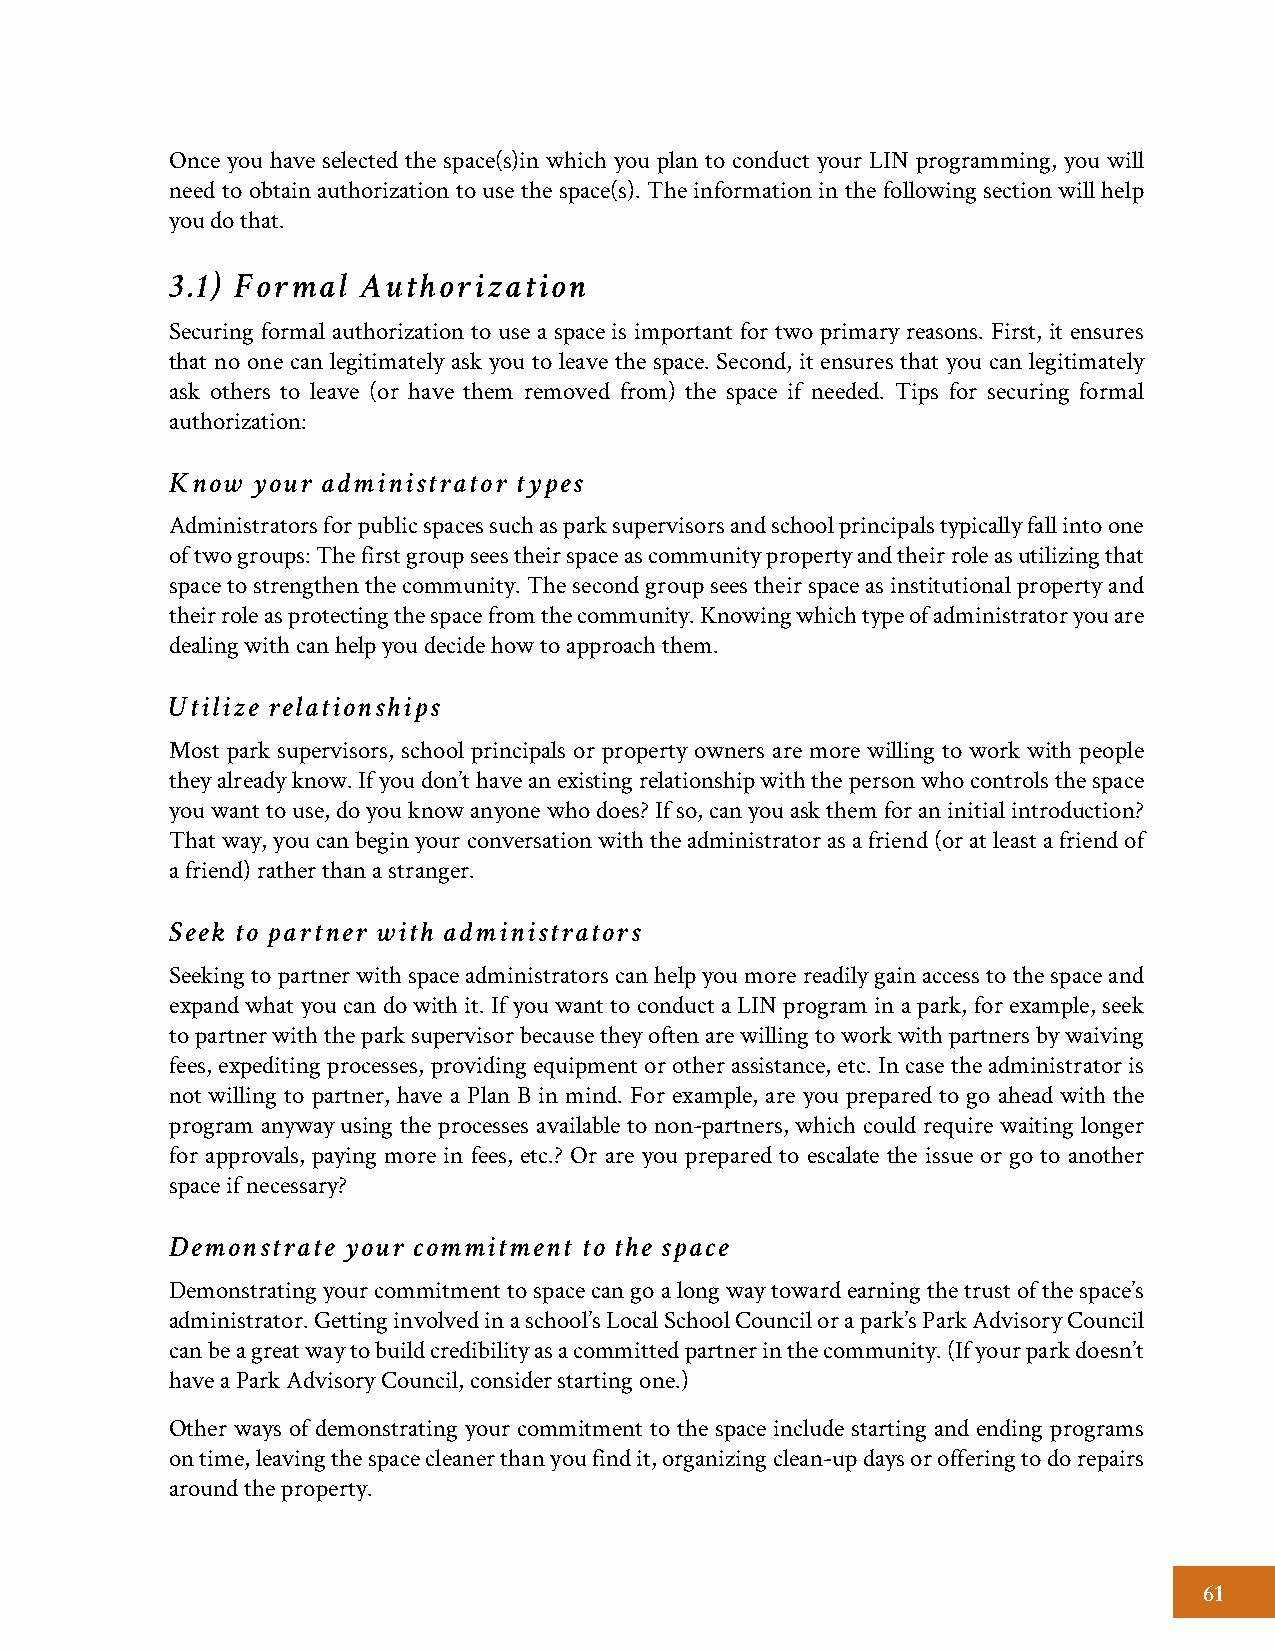
Once you have selected the space(s)in which you plan to conduct your LIN programming, you will
 need to obtain authorization to use the space(s). The information in the following section will help
 you do that.
 3.1) Formal  Authorization
 Securing formal authorization to use a space is important for two primary reasons. First, it ensures
 that no one can legitimately ask you to leave the space. Second, it ensures that you can legitimately
 ask others to leave (or have them removed from) the space if needed. Tips for securing formal
 authorization:
 Know  your administrator types
 Administrators for public spaces such as park supervisors and school principals typically fall into one
 of two groups: The first group sees their space as community property and their role as utilizing that
 space to strengthen the community. The second group sees their space as institutional property and
 their role as protecting the space from the community. Knowing which type of administrator you are
 dealing with can help you decide how to approach them.
 Utilize relationships
 Most park supervisors, school principals or property owners are more willing to work with people
 they already know. If you don’t have an existing relationship with the person who controls the space
 you want to use, do you know anyone who does? If so, can you ask them for an initial introduction?
 That way, you can begin your conversation with the administrator as a friend (or at least a friend of
 a friend) rather than a stranger.
 Seek to partner with administrators
 Seeking to partner with space administrators can help you more readily gain access to the space and
 expand what you can do with it. If you want to conduct a LIN program in a park, for example, seek
 to partner with the park supervisor because they often are willing to work with partners by waiving
 fees, expediting processes, providing equipment or other assistance, etc. In case the administrator is
 not willing to partner, have a Plan B in mind. For example, are you prepared to go ahead with the
 program anyway using the processes available to non-partners, which could require waiting longer
 for approvals, paying more in fees, etc.? Or are you prepared to escalate the issue or go to another
 space if necessary?
 Demonstrate your commitment to the space
 Demonstrating your commitment to space can go a long way toward earning the trust of the space’s
 administrator. Getting involved in a school’s Local School Council or a park’s Park Advisory Council
 can be a great way to build credibility as a committed partner in the community. (If your park doesn’t
 have a Park Advisory Council, consider starting one.)
 Other ways of demonstrating your commitment to the space include starting and ending programs
 on time, leaving the space cleaner than you find it, organizing clean-up days or offering to do repairs
 around the property.
 61